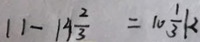
1 1 - 1 4 \frac { 2 } { 3 } = 1 0 \frac { 1 } { 3 } k